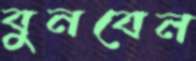
বুনবেন